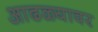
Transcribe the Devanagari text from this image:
आढळ्यावर